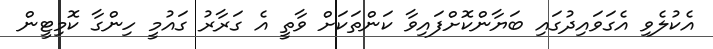
އެކުލެވި އެގަވައިދުގައި ބަޔާންކޮށްފައިވާ ކަންތަކަށް ވާތީ އެ ގަރާރު ގައުމީ ހިންގާ ކޮމިޓީން